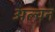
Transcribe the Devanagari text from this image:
अल्वन